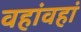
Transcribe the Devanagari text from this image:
वहांवहां